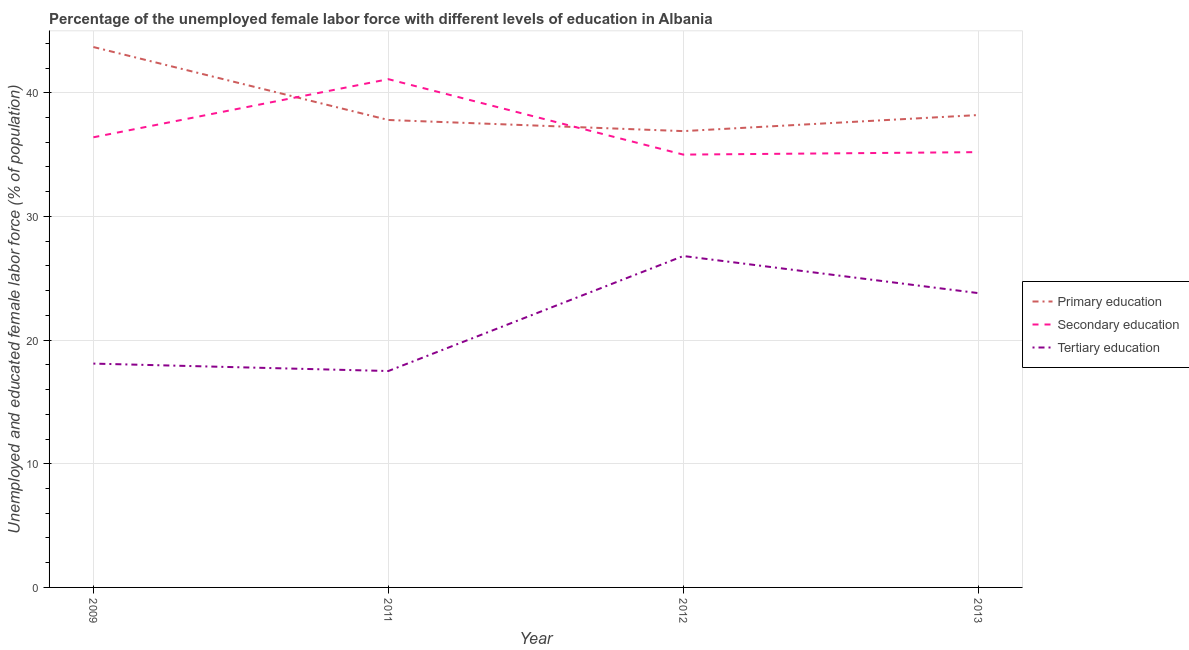
| Year | Primary education | Secondary education | Tertiary education |
 | --- | --- | --- | --- |
 | 2009 | 43.7 | 36.4 | 18.1 |
 | 2011 | 37.8 | 41.1 | 17.5 |
 | 2012 | 36.9 | 35 | 26.8 |
 | 2013 | 38.2 | 35.2 | 23.8 |